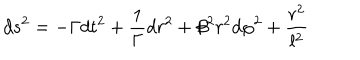
LaTeX: d s ^ { 2 } = - \Gamma d t ^ { 2 } + \frac 1 \Gamma d r ^ { 2 } + \beta ^ { 2 } r ^ { 2 } d \varphi ^ { 2 } + \frac { r ^ { 2 } } { l ^ { 2 } }